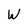
Character: W